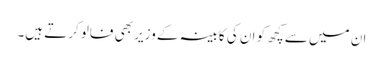
ان میں سے کچھ کو ان کی کابینہ کے وزیر بھی فالو کرتے ہیں۔